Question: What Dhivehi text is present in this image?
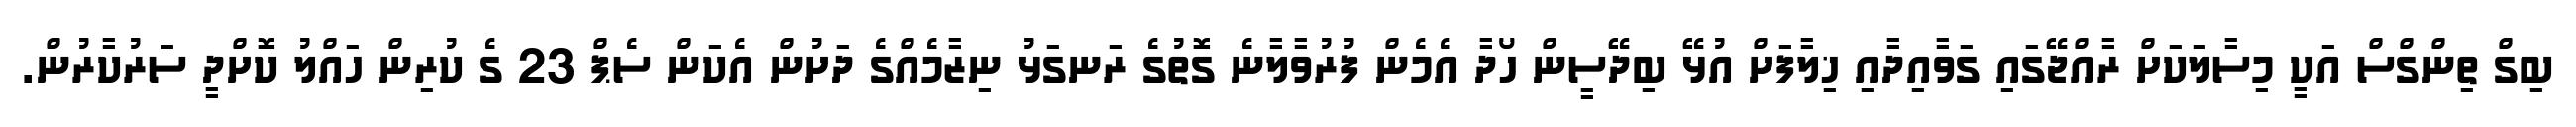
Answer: ބިގް ތިންގްސް އަކީ މިސާލަކަށް ރާއްޖޭގައި ގަވާއިދާއި ޚިލާފަށް އުޅޭ ބިދޭސީން ހޯދާ އެމެން ފުރުވާލާނެ ގޮތުގެ ރަނގަޅު ނިޒާމެއްގެ ދަށުން އެކަން ސެޕް 23 ގެ ކުރިން ހައްލު ކޮށްދީ ސަރުކާރުން.